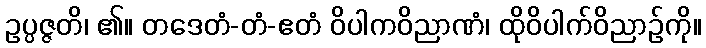
ဥပ္ပဇ္ဇတိ၊ ၏။ တဒေတံ-တံ-ဧတံ ဝိပါကဝိညာဏံ၊ ထိုဝိပါက်ဝိညာဉ်ကို။